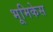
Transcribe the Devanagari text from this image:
भूमिकेस